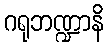
ဂရုဘဏ္ဍာနိ